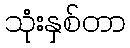
သုံးနှစ်တာ